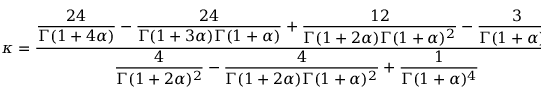
\kappa = \frac { \displaystyle \frac { 2 4 } { \Gamma ( 1 + 4 \alpha ) } - \frac { 2 4 } { \Gamma ( 1 + 3 \alpha ) \Gamma ( 1 + \alpha ) } + \frac { 1 2 } { \Gamma ( 1 + 2 \alpha ) \Gamma ( 1 + \alpha ) ^ { 2 } } - \frac { 3 } { \Gamma ( 1 + \alpha ) ^ { 4 } } } { \displaystyle \frac { 4 } { \Gamma ( 1 + 2 \alpha ) ^ { 2 } } - \frac { 4 } { \Gamma ( 1 + 2 \alpha ) \Gamma ( 1 + \alpha ) ^ { 2 } } + \frac { 1 } { \Gamma ( 1 + \alpha ) ^ { 4 } } } .